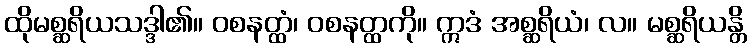
ထိုမစ္ဆရိယသဒ္ဒါ၏။ ဝစနတ္ထံ၊ ဝစနတ္ထကို။ ဣဒံ အစ္ဆရိယံ၊ လ။ မစ္ဆရိယန္တိ